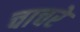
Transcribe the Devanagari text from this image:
चाचरे